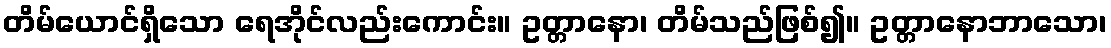
တိမ်ယောင်ရှိသော ရေအိုင်လည်းကောင်း။ ဥတ္တာနော၊ တိမ်သည်ဖြစ်၍။ ဥတ္တာနောဘာသော၊